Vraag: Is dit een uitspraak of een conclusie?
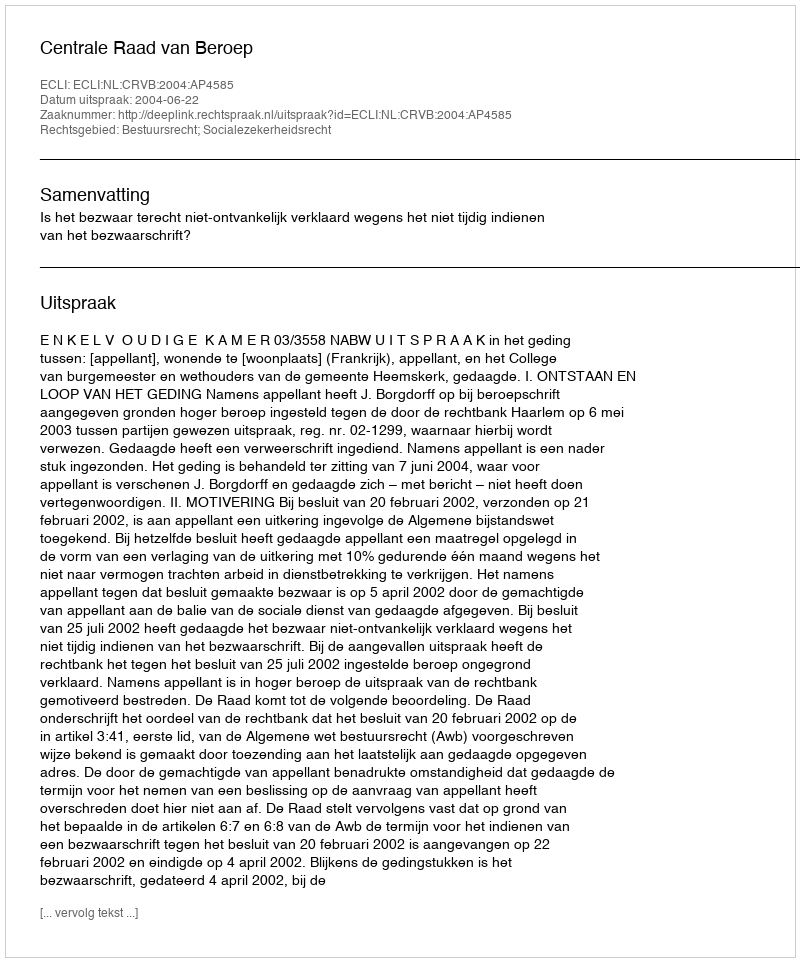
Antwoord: Uitspraak